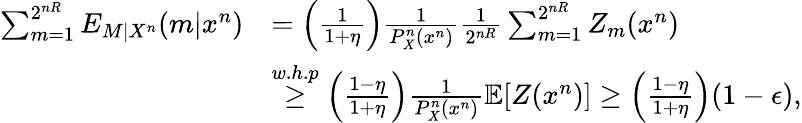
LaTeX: \begin{array}{rl}{\sum_{m=1}^{2^{n{R}}}E_{M|X^{n}}(m|x^{n})}&{=\left(\frac{1}{1+\eta}\right)\frac{1}{P_{X}^{n}(x^{n})}\frac{1}{2^{n{R}}}\sum_{m=1}^{2^{n{R}}}Z_{m}(x^{n})}\\ &{\stackrel{w.h.p}\geq\left(\frac{1-\eta}{1+\eta}\right)\frac{1}{P_{X}^{n}(x^{n})}\mathbb{E}[Z(x^{n})]\geq\left(\frac{1-\eta}{1+\eta}\right)(1-\epsilon),}\end{array}